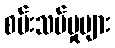
စမ်းသပ်မှုများ